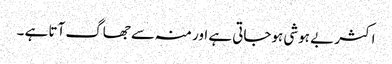
اکثر بے ہوشی ہوجاتی ہے اور منہ سے جھاگ آتا ہے ۔